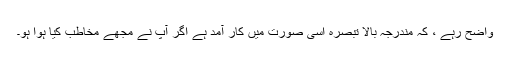
واضح رہے ، کہ مندرجہ بالا تبصرہ اُسی صورت میں کار آمد ہے اگر آپ نے مجھے مخاطب کیا ہوا ہو۔